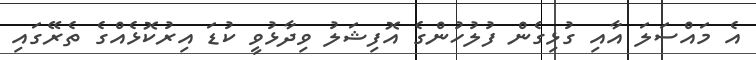
އެ މައްސަލަ އާއި ގުޅިގެން ފުލުހުންގެ އޮފިޝަލު ވިދާޅުވީ ކުޑަ އިރުކޮޅެއްގެ ތެރޭގައި